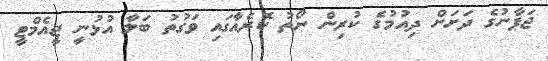
ޖަޕާނުގެ ދަށަށް ދިއުމުގެ ކުރިން ނޯތު ކޮރެއާގައި ވަގުތު ބަލާ އުޅުނީ ޖީއެމްޓީ